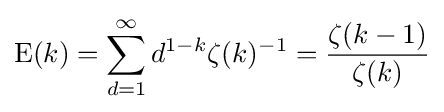
\mathrm {E} (k)=\sum _{d=1}^{\infty }d^{1-k}\zeta (k)^{-1}={\frac {\zeta (k-1)}{\zeta (k)}}